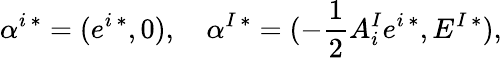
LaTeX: \alpha^{i\, *}=(e^{i\, *},0),\ \ \ \ \alpha^{I\, *}=(-{\frac{1}{2}}A_{i}^{I}e^{i\, *},E^{I\, *}),